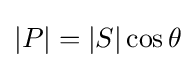
|P|=|S|\cos \theta